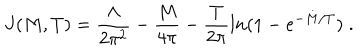
J ( M , T ) = \frac { \Lambda } { 2 \pi ^ { 2 } } - \frac { M } { 4 \pi } - \frac { T } { 2 \pi } l n ( 1 - e ^ { - M / T } ) \; .